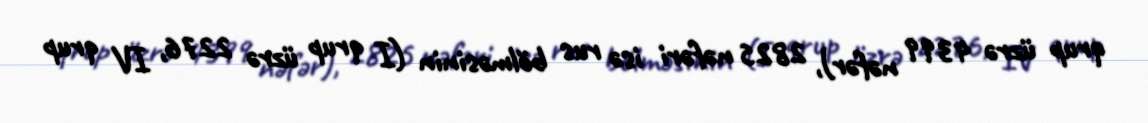
qrup üzrə 4399 nəfər), 2825 nəfəri isə rus bölməsinin (I qrup üzrə 2276, IV qrup